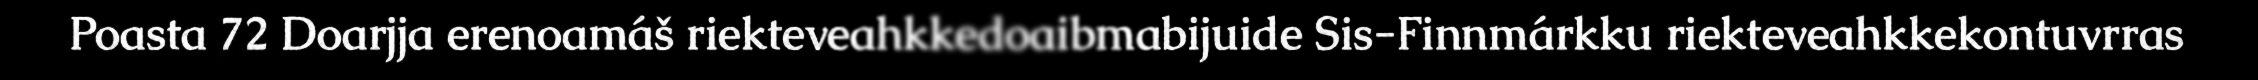
Poasta 72 Doarjja erenoamáš riekteveahkkedoaibmabijuide Sis-Finnmárkku riekteveahkkekontuvrras